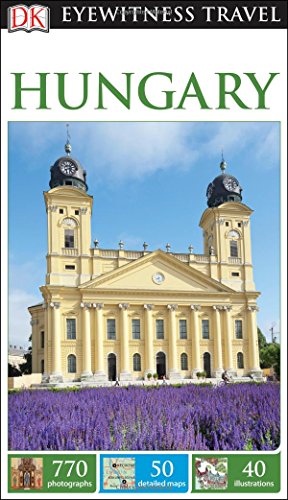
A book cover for DK Eyewitness Travel Guide: Hungary; DK Publishing; Travel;